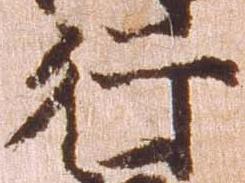
行